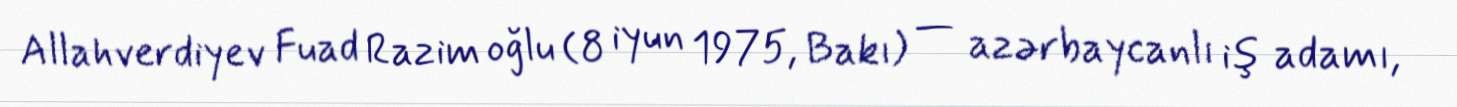
Allahverdiyev Fuad Razim oğlu (8 iyun 1975, Bakı) — azərbaycanlı iş adamı,